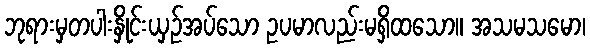
ဘုရားမှတပါးနှိုင်းယှဉ်အပ်သော ဥပမာလည်းမရှိထသော။ အသမသမော၊